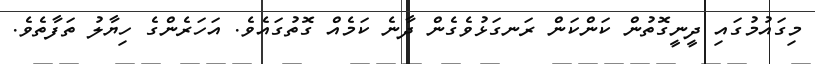
މިގައުމުގައި ދީނީގޮތުން ކަންކަން ރަނގަޅުވެގެން ދާނެ ކަމެއް ގޮތުގައެވެ. އަހަރެންގެ ހިޔާލު ތަފާތެވެ.